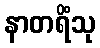
နာတရိံသု